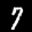
Label: 7